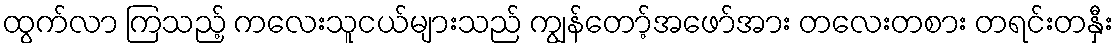
ထွက်လာ ကြသည့် ကလေးသူငယ်များသည် ကျွန်တော့်အဖော်အား တလေးတစား တရင်းတနှီး